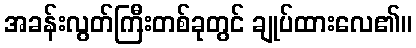
အခန်းလွတ်ကြီးတစ်ခုတွင် ချုပ်ထားလေ၏။